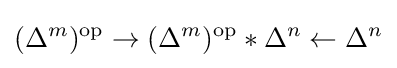
(\Delta ^{m})^{\mathrm {op} }\rightarrow (\Delta ^{m})^{\mathrm {op} }*\Delta ^{n}\leftarrow \Delta ^{n}